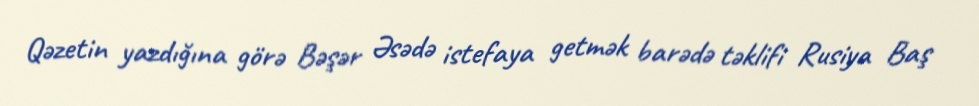
Qəzetin yazdığına görə Bəşər Əsədə istefaya getmək barədə təklifi Rusiya Baş